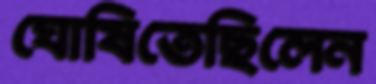
ঘোষিতেছিলেন